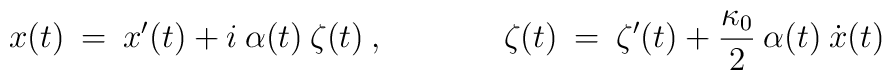
x(t) \> = \>x'(t) + i \> \alpha(t) \> \zeta (t) \> , \hspace{1.5cm} \zeta(t) \> = \>\zeta'(t)+ \frac{\kappa_0}{2} \> \alpha(t)\> \dot x(t)